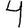
Digit: 4